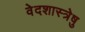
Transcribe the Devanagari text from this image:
वेदशास्त्रेषु